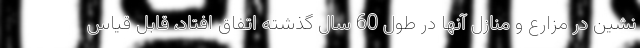
نشین در مزارع و منازل آنها در طول 60 سال گذشته اتفاق افتاد، قابل قیاس